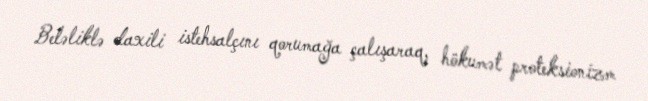
Beləliklə daxili istehsalçını qorumağa çalışaraq, hökumət proteksionizm